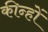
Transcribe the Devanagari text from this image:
कीन्हों